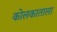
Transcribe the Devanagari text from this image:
कोलकाताला